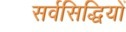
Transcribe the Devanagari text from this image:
सर्वसिद्धियों